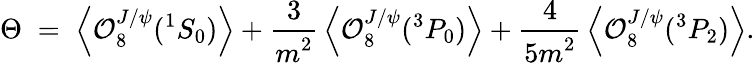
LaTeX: \Theta\; =\; \left\langle{\cal O}_{8}^{J/\psi}({}^{1}S_{0})\right\rangle+{\frac{\displaystyle 3}{\displaystyle m^{2}}}\left\langle{\cal O}_{8}^{J/\psi}({}^{3}P_{0})\right\rangle+{\frac{\displaystyle 4}{\displaystyle 5m^{2}}}\left\langle{\cal O}_{8}^{J/\psi}({}^{3}P_{2})\right\rangle.